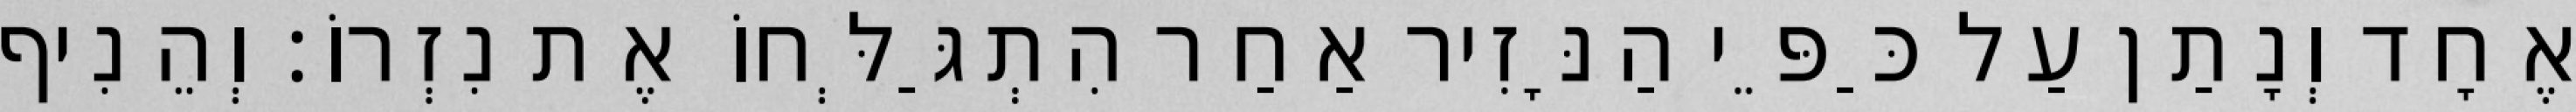
אֶחָד וְנָתַן עַל כַּפֵּי הַנָּזִיר אַחַר הִתְגַּלְּחוֹ אֶת נִזְרוֹ׃ וְהֵנִיף